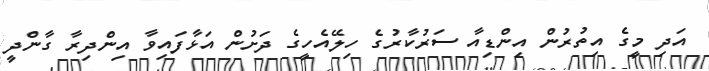
އަދި މީގެ އިތުރުން އިންޑިއާ ސަރުކާރުގެ ހިލޭއެހީގެ ދަށުން އަޅާފައިވާ އިންދިރާ ގާންދީ